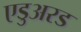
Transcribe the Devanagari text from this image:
एडुअरड